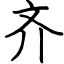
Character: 齐